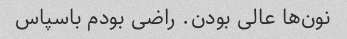
نون‌ها عالی بودن. راضی بودم باسپاس